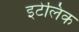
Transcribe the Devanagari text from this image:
इटेलिक